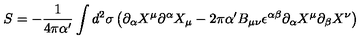
S = - \frac { 1 } { 4 \pi \alpha ^ { \prime } } \int d ^ { 2 } { \sigma } \left( \partial _ { \alpha } X ^ { \mu } \partial ^ { \alpha } X _ { \mu } - 2 \pi \alpha ^ { \prime } B _ { \mu \nu } \epsilon ^ { \alpha \beta } \partial _ { \alpha } X ^ { \mu } \partial _ { \beta } X ^ { \nu } \right)